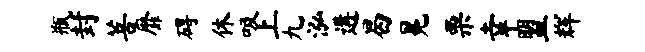
瓶封菩靡碍休吸上九泓遘曷冕栗幸盟辉